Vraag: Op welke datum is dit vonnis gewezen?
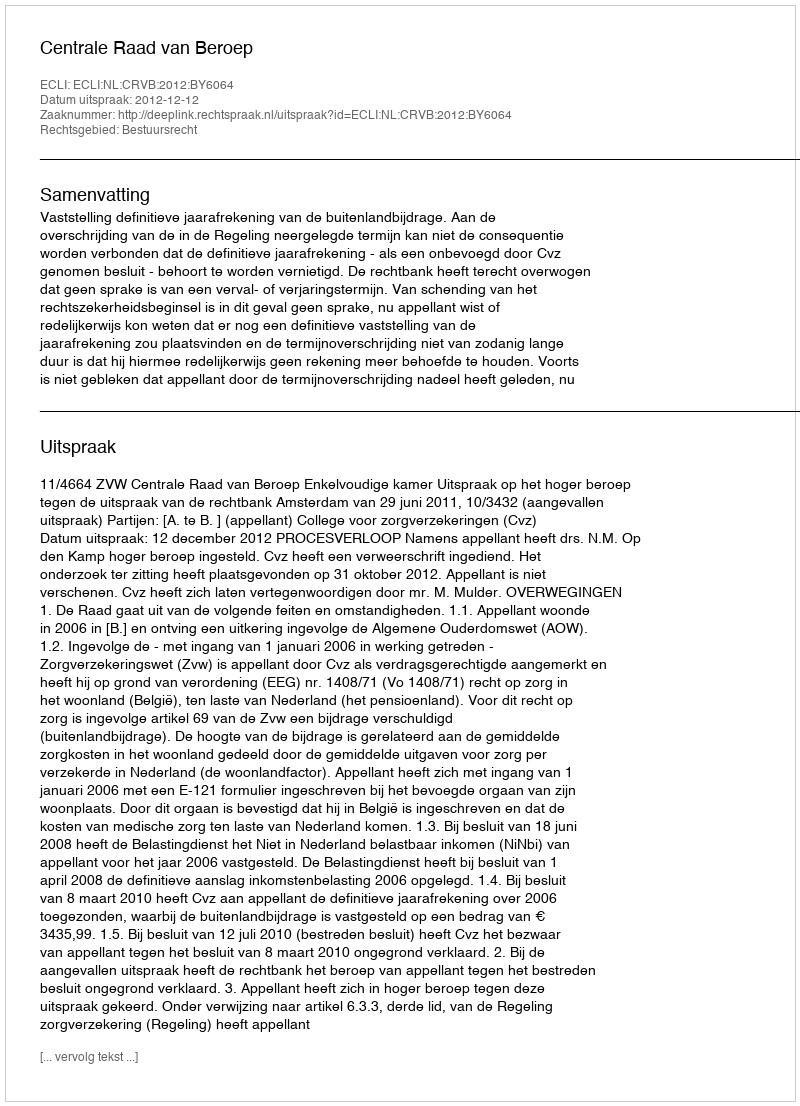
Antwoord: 2012-12-12